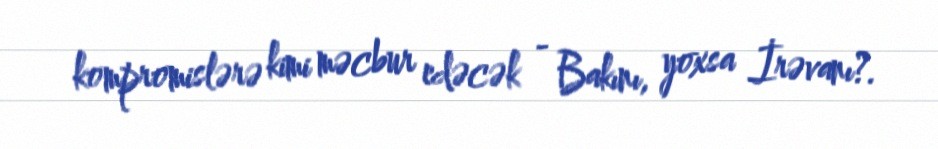
kompromislərə kimi məcbur edəcək - Bakını, yoxsa İrəvanı?.